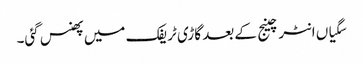
سگیاں انٹرچینج کے بعد گاڑی ٹریفک میں پھنس گئی۔